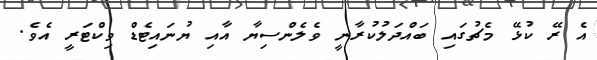
އެ ރޭ ކުޅޭ މެޗުގައި ބައްދަލުކުރާނީ ވެލެންސިޔާ އާއި ޔުނައިޓެޑް ވިކްޓަރީ އެވެ.